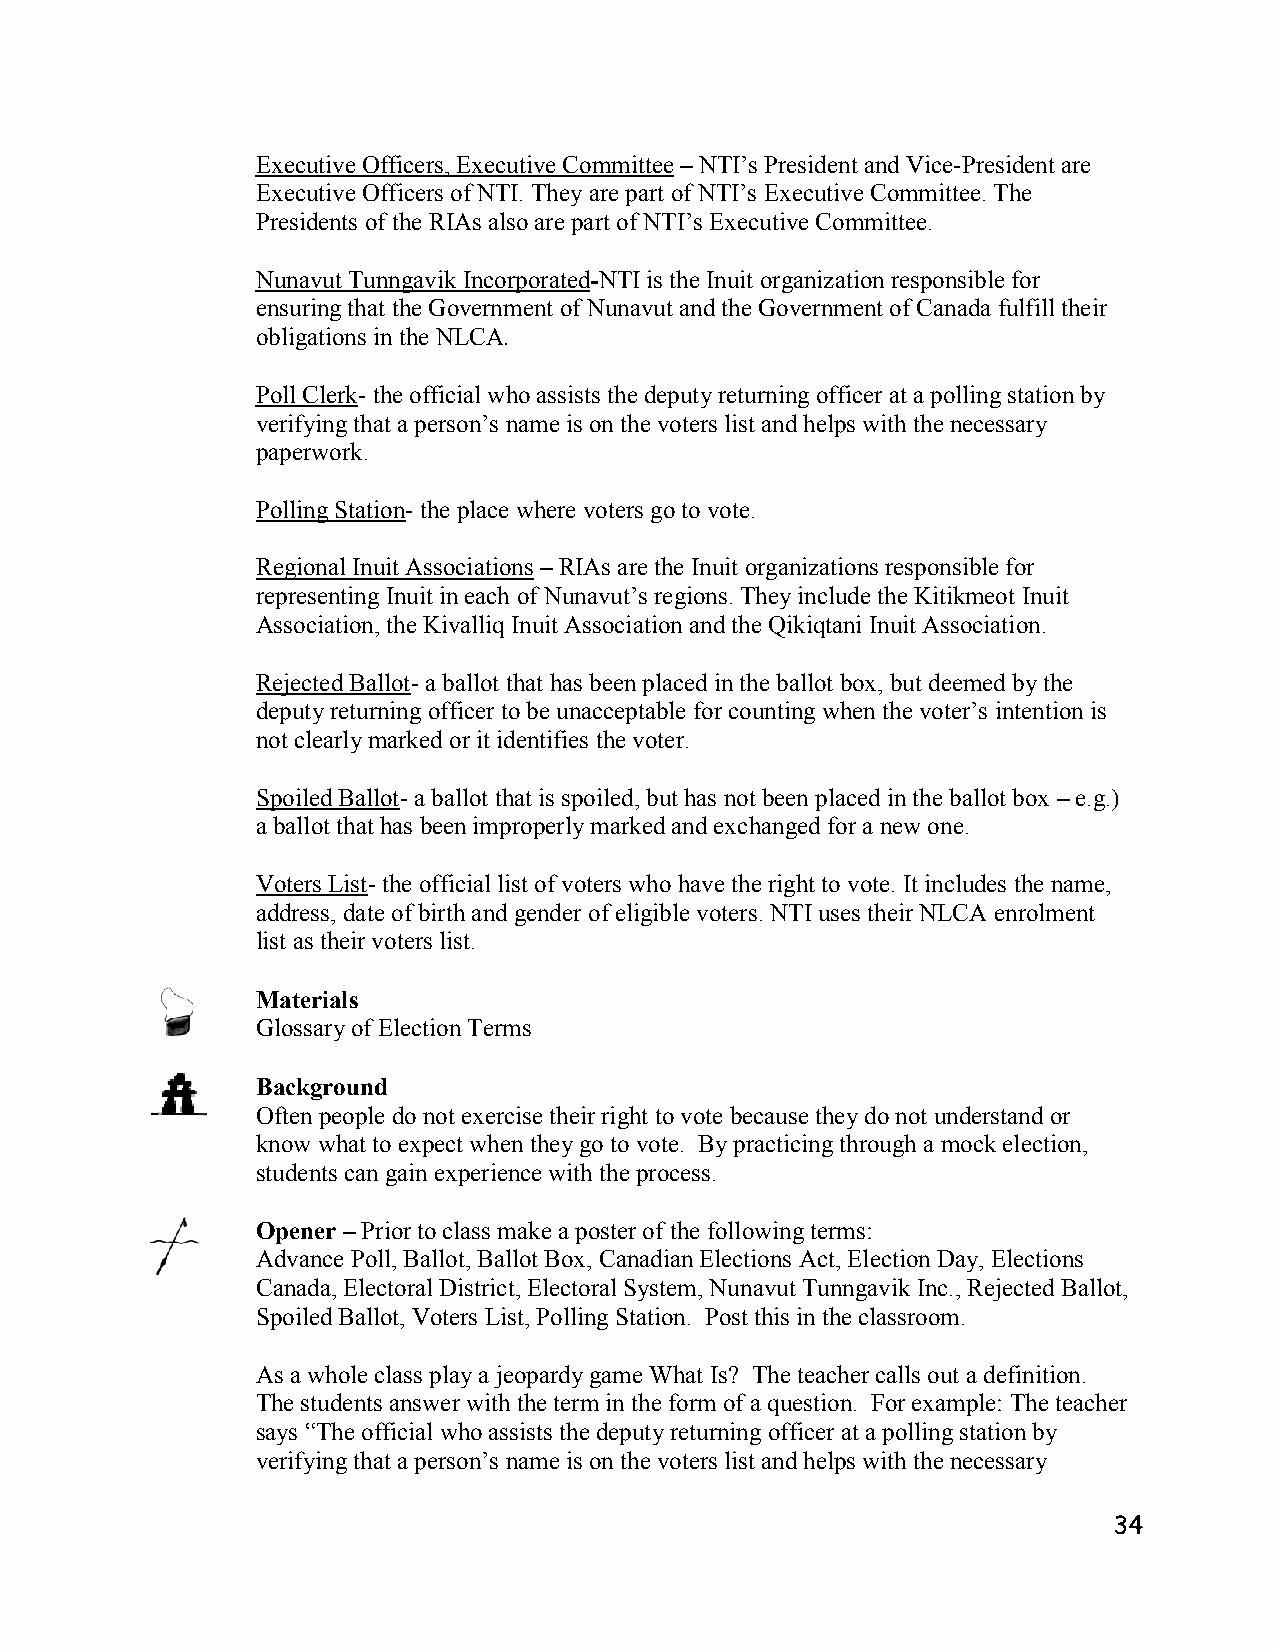
Executive Officers, Executive Committee – NTI’s President and Vice-President are
 Executive Officers of NTI. They are part of NTI’s Executive Committee. The
 Presidents of the RIAs also are part of NTI’s Executive Committee.
 Nunavut Tunngavik Incorporated-NTI is the Inuit organization responsible for
 ensuring that the Government of Nunavut and the Government of Canada fulfill their
 obligations in the NLCA.
 Poll Clerk- the official who assists the deputy returning officer at a polling station by
 verifying that a person’s name is on the voters list and helps with the necessary
 paperwork.
 Polling Station- the place where voters go to vote.
 Regional Inuit Associations – RIAs are the Inuit organizations responsible for
 representing Inuit in each of Nunavut’s regions. They include the Kitikmeot Inuit
 Association, the Kivalliq Inuit Association and the Qikiqtani Inuit Association.
 Rejected Ballot- a ballot that has been placed in the ballot box, but deemed by the
 deputy returning officer to be unacceptable for counting when the voter’s intention is
 not clearly marked or it identifies the voter.
 Spoiled Ballot- a ballot that is spoiled, but has not been placed in the ballot box – e.g.)
 a ballot that has been improperly marked and exchanged for a new one.
 Voters List- the official list of voters who have the right to vote. It includes the name,
 address, date of birth and gender of eligible voters. NTI uses their NLCA enrolment
 list as their voters list.
 Materials
 Glossary of Election Terms
 Background
 Often people do not exercise their right to vote because they do not understand or
 know what to expect when they go to vote. By practicing through a mock election,
 students can gain experience with the process.
 Opener – Prior to class make a poster of the following terms:
 Advance Poll, Ballot, Ballot Box, Canadian Elections Act, Election Day, Elections
 Canada, Electoral District, Electoral System, Nunavut Tunngavik Inc., Rejected Ballot,
 Spoiled Ballot, Voters List, Polling Station. Post this in the classroom.
 As a whole class play a jeopardy game What Is? The teacher calls out a definition.
 The students answer with the term in the form of a question. For example: The teacher
 says “The official who assists the deputy returning officer at a polling station by
 verifying that a person’s name is on the voters list and helps with the necessary
 34